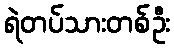
ရဲတပ်သားတစ်ဦး